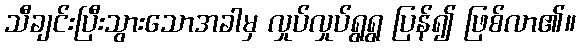
သီချင်းပြီးသွားသောအခါမှ လှုပ်လှုပ်ရွရွ ပြန်၍ ဖြစ်လာ၏။